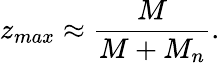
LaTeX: z_{max}\approx\frac{M}{M+M_{n}}.